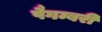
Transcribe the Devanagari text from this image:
पैगम्बरी